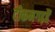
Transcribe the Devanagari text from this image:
टीकमगढ़हैं